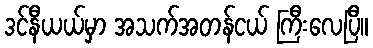
ဒင်နီယယ်မှာ အသက်အတန်ငယ် ကြီးလေပြီ။